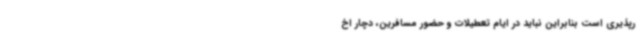
رپذیری است بنابراین نباید در ایام تعطیلات و حضور مسافرین، دچار اخ